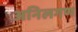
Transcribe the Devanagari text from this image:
अनिलगण